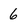
Character: 6